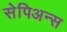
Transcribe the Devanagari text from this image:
सेपिअन्स